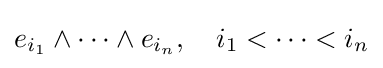
e_{i_{1}}\wedge \cdots \wedge e_{i_{n}},\quad i_{1}<\cdots <i_{n}